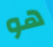
هو